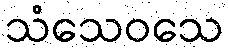
သံသေဝသေ